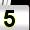
Digit: 5